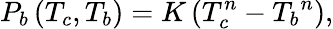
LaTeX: P_{b}\left(T_{c},T_{b}\right)=K\left(T_{c}^{n}-{T_{b}}^{n}\right),